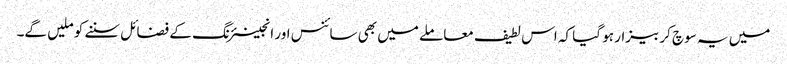
میں یہ سوچ کر بیزار ہو گیا کہ اس لطیف معاملے میں بھی سائنس اور انجینئرنگ کے فضائل سننے کو ملیں گے۔